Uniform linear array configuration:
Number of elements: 48
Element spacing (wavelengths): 0.75
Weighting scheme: kaiser
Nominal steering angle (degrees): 45
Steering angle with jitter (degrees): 46.506
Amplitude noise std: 0.05
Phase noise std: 0.05

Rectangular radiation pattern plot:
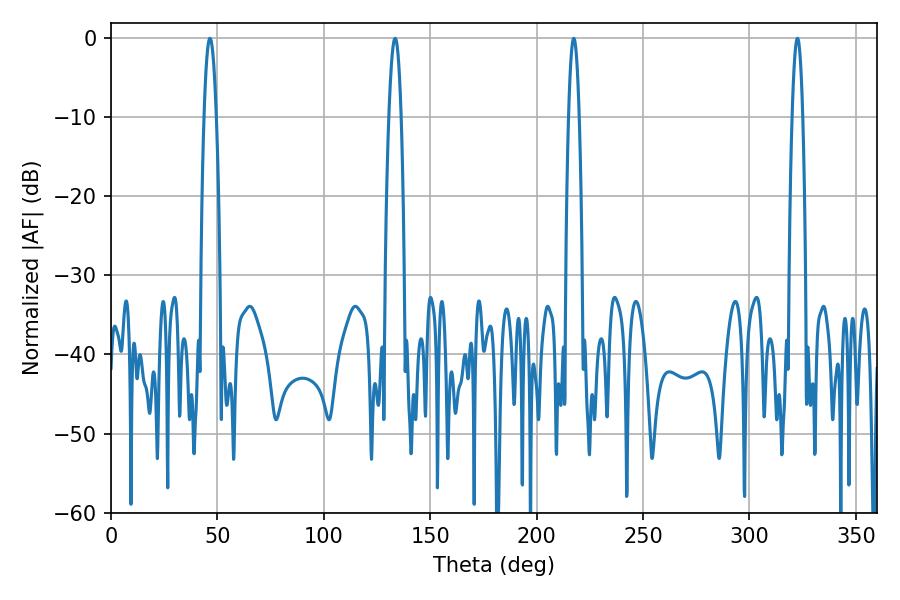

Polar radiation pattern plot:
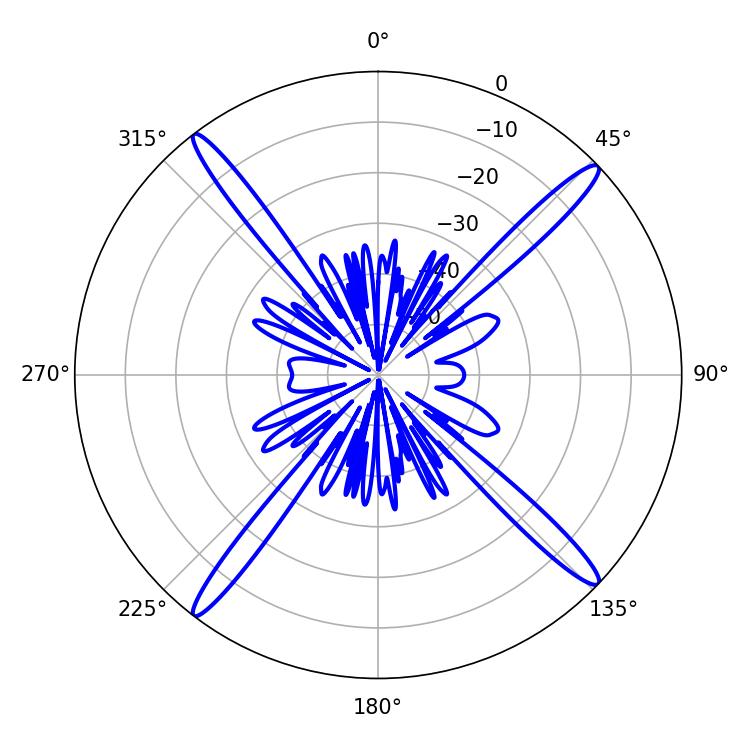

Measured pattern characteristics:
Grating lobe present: TRUE
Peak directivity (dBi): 19.215
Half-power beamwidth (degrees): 2.7
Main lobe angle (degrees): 217.44